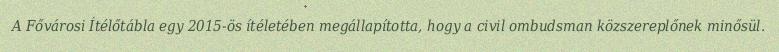
A Fővárosi Ítélőtábla egy 2015-ös ítéletében megállapította, hogy a civil ombudsman közszereplőnek minősül.